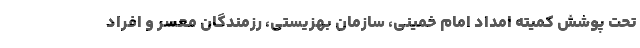
تحت پوشش کمیته امداد امام خمینی، سازمان بهزیستی، رزمندگان معسر و افراد